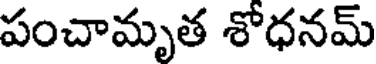
పంచామృత శోధనమ్